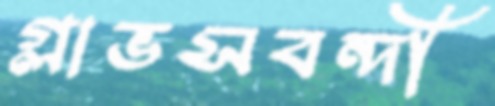
গ্লাভসবন্দী